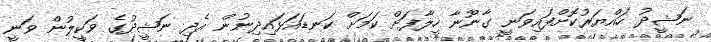
ނަޝީދު ހައްޔަރުކޮށްފައިވަނީ ގާނޫނާ ހިލާފަށް ކަމަށް ކަނޑައަޅައިދިނުން އެދި ނަޝީދުގެ ވަކީލުން ވަނީ